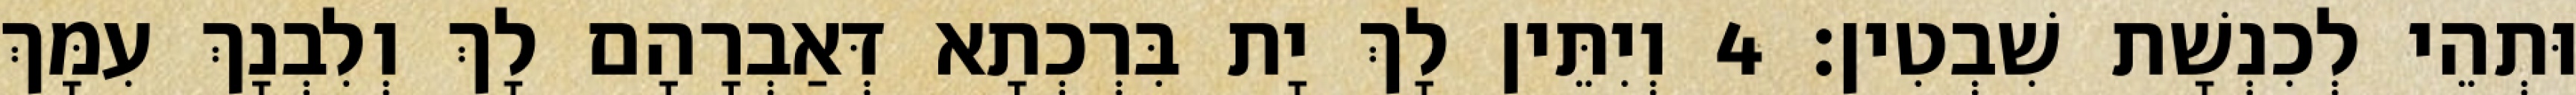
וּתְהֵי לְכִנְשָׁת שִׁבְטִין׃ 4 וְיִתֵּין לָךְ יָת בִּרְכְתָא דְּאַבְרָהָם לָךְ וְלִבְנָךְ עִמָּךְ